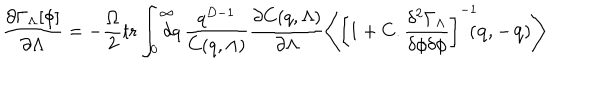
\frac { \partial \Gamma _ { \Lambda } [ \phi ] } { \partial \Lambda } = - \frac { \Omega } { 2 } \mathrm { t r } \int _ { 0 } ^ { \infty } \! \! \! \! \! d q \, \frac { q ^ { D - 1 } } { C ( q , \Lambda ) } \frac { \partial C ( q , \Lambda ) } { \partial \Lambda } \left\langle \left[ 1 + C . \frac { \delta ^ { 2 } \Gamma _ { \Lambda } } { \delta \phi \delta \phi } \right] ^ { - 1 } \! \! \! ( \mathbf { q } , \mathbf { - q } ) \right\rangle